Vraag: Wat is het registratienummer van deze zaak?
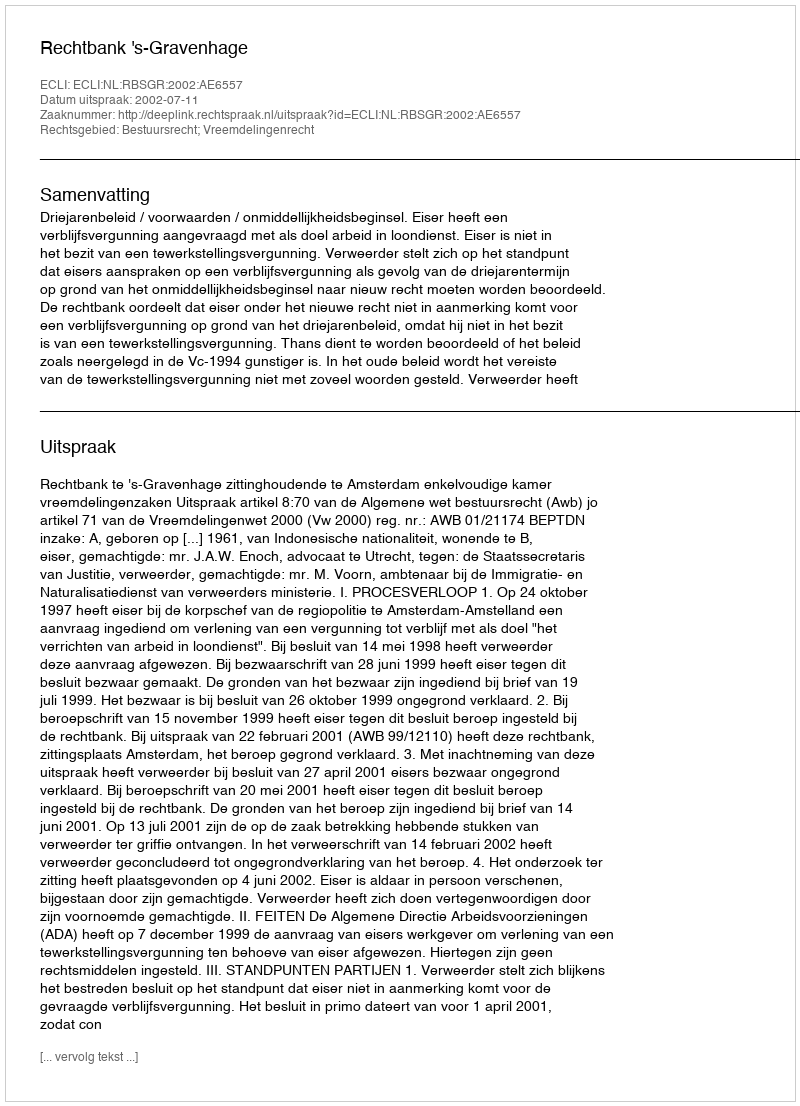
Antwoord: http://deeplink.rechtspraak.nl/uitspraak?id=ECLI:NL:RBSGR:2002:AE6557